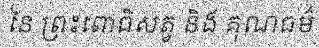
នៃ ព្រះពោធិសត្វ និង គុណធម៌